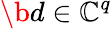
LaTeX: \b{d}\in\mathbb{C}^{q}